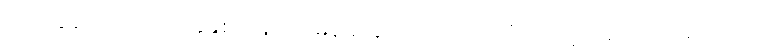
ဟာ လွန်ခဲ့တဲ့ ၂၀၁၆ ခုနှစ်တုန်းက မြန်မာနိုင်ငံကို ပထမဆုံး ဆိုတဲ့ ဆောင်ပုဒ်နှင့်အတူ